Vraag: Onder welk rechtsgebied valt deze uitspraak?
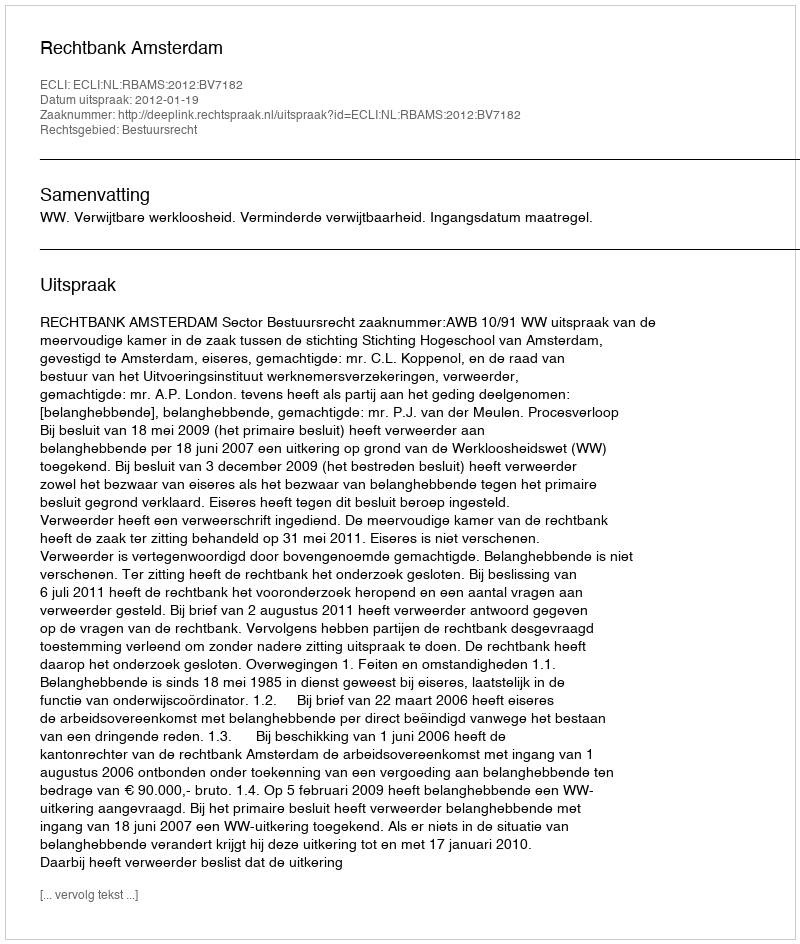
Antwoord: Bestuursrecht